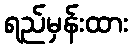
ရည်မှန်းထား